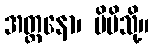
အတ္တနော၊ မိမိသို့။